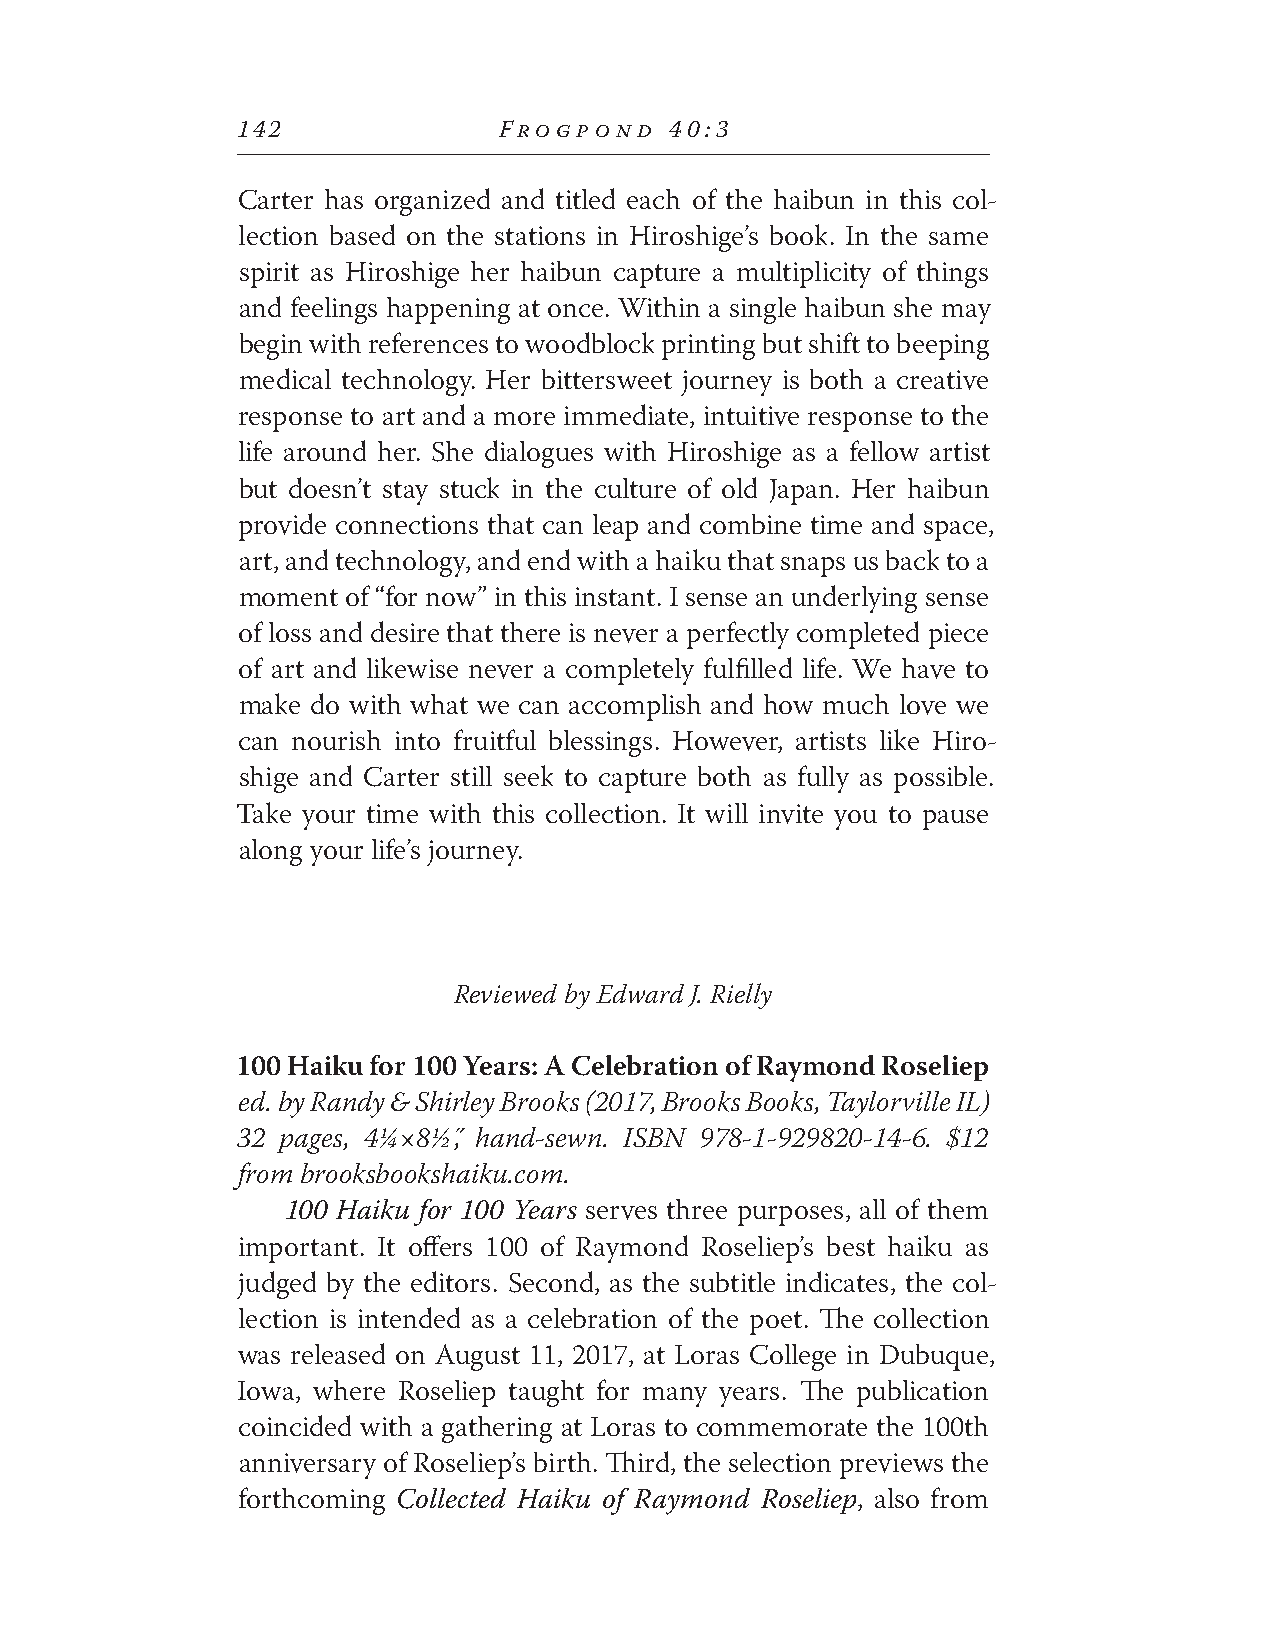
142              FROGPOND   40:3
 Carter has organized and titled each of the haibun in this col-
 lection based on the stations in Hiroshige’s book. In the same
 spirit as Hiroshige her haibun capture a multiplicity of things
 and feelings happening at once. Within a single haibun she may
 begin with references to woodblock printing but shift to beeping
 medical technology. Her bittersweet journey is both a creative
 response to art and a more immediate, intuitive response to the
 life around her. She dialogues with Hiroshige as a fellow artist
 but doesn’t stay stuck in the culture of old Japan. Her haibun
 provide connections that can leap and combine time and space,
 art, and technology, and end with a haiku that snaps us back to a
 moment of “for now” in this instant. I sense an underlying sense
 of loss and desire that there is never a perfectly completed piece
 of art and likewise never a completely fulfilled life. We have to
 make do with what we can accomplish and how much love we
 can nourish into fruitful blessings. However, artists like Hiro-
 shige and Carter still seek to capture both as fully as possible.
 Take your time with this collection. It will invite you to pause
 along your life’s journey.
 Reviewed by Edward J. Rielly
 100 Haiku for 100 Years: A Celebration of Raymond Roseliep
 ed. by Randy & Shirley Brooks (2017, Brooks Books, Taylorville IL)
 32 pages, 4¼×8½˝, hand-sewn. ISBN 978-1-929820-14-6. $12
 from brooksbookshaiku.com.
 100 Haiku for 100 Years serves three purposes, all of them
 important. It offers 100 of Raymond Roseliep’s best haiku as
 judged by the editors. Second, as the subtitle indicates, the col-
 lection is intended as a celebration of the poet. The collection
 was released on August 11, 2017, at Loras College in Dubuque,
 Iowa, where Roseliep taught for many years. The publication
 coincided with a gathering at Loras to commemorate the 100th
 anniversary of Roseliep’s birth. Third, the selection previews the
 forthcoming Collected Haiku of Raymond Roseliep, also from